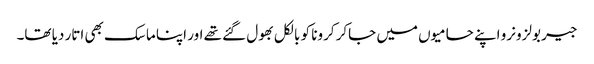
جیر بولزونرو اپنے حامیوں میں جاکر کرونا کو بالکل بھول گئے تھے اور اپنا ماسک بھی اتار دیا تھا۔